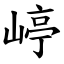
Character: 嵉